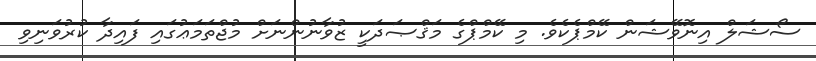
ސޯޝަލް އިނޮވޭޝަން ކޭމްޕެކެވެ. މި ކޭމްޕްގެ މަޤްޞަދަކީ ޒުވާނުންނަށް މުޖްތަމަޢުގައި ފައިދާ ކުރުވަނިވި